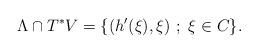
LaTeX: \begin{align*} \Lambda\cap T^{*} V= \{ (h'(\xi),\xi)\ ;\ \xi\in C\} .\end{align*}